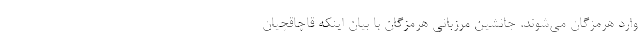
وارد هرمزگان می‌شوند. جانشین مرزبانی هرمزگان با بیان اینکه قاچاقچیان